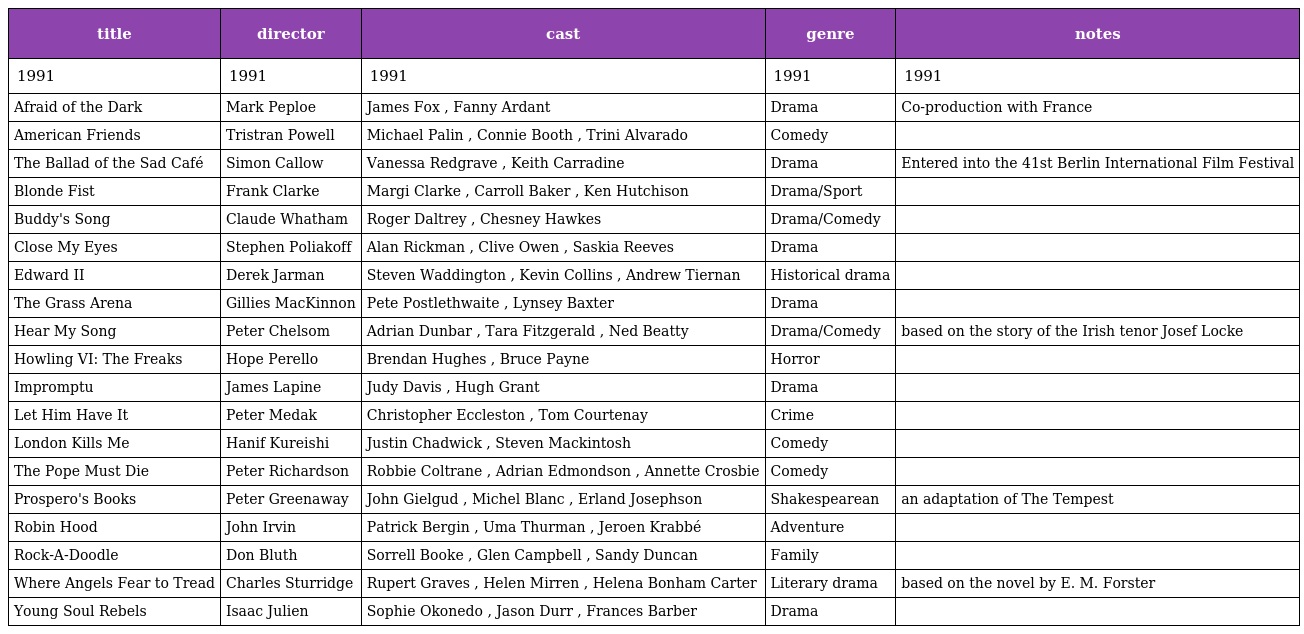
| title | director | cast | genre | notes |
 | --- | --- | --- | --- | --- |
 | 1991 | 1991 | 1991 | 1991 | 1991 |
 | Afraid of the Dark | Mark Peploe | James Fox , Fanny Ardant | Drama | Co-production with France |
 | American Friends | Tristran Powell | Michael Palin , Connie Booth , Trini Alvarado | Comedy |  |
 | The Ballad of the Sad Café | Simon Callow | Vanessa Redgrave , Keith Carradine | Drama | Entered into the 41st Berlin International Film Festival |
 | Blonde Fist | Frank Clarke | Margi Clarke , Carroll Baker , Ken Hutchison | Drama/Sport |  |
 | Buddy's Song | Claude Whatham | Roger Daltrey , Chesney Hawkes | Drama/Comedy |  |
 | Close My Eyes | Stephen Poliakoff | Alan Rickman , Clive Owen , Saskia Reeves | Drama |  |
 | Edward II | Derek Jarman | Steven Waddington , Kevin Collins , Andrew Tiernan | Historical drama |  |
 | The Grass Arena | Gillies MacKinnon | Pete Postlethwaite , Lynsey Baxter | Drama |  |
 | Hear My Song | Peter Chelsom | Adrian Dunbar , Tara Fitzgerald , Ned Beatty | Drama/Comedy | based on the story of the Irish tenor Josef Locke |
 | Howling VI: The Freaks | Hope Perello | Brendan Hughes , Bruce Payne | Horror |  |
 | Impromptu | James Lapine | Judy Davis , Hugh Grant | Drama |  |
 | Let Him Have It | Peter Medak | Christopher Eccleston , Tom Courtenay | Crime |  |
 | London Kills Me | Hanif Kureishi | Justin Chadwick , Steven Mackintosh | Comedy |  |
 | The Pope Must Die | Peter Richardson | Robbie Coltrane , Adrian Edmondson , Annette Crosbie | Comedy |  |
 | Prospero's Books | Peter Greenaway | John Gielgud , Michel Blanc , Erland Josephson | Shakespearean | an adaptation of The Tempest |
 | Robin Hood | John Irvin | Patrick Bergin , Uma Thurman , Jeroen Krabbé | Adventure |  |
 | Rock-A-Doodle | Don Bluth | Sorrell Booke , Glen Campbell , Sandy Duncan | Family |  |
 | Where Angels Fear to Tread | Charles Sturridge | Rupert Graves , Helen Mirren , Helena Bonham Carter | Literary drama | based on the novel by E. M. Forster |
 | Young Soul Rebels | Isaac Julien | Sophie Okonedo , Jason Durr , Frances Barber | Drama |  |